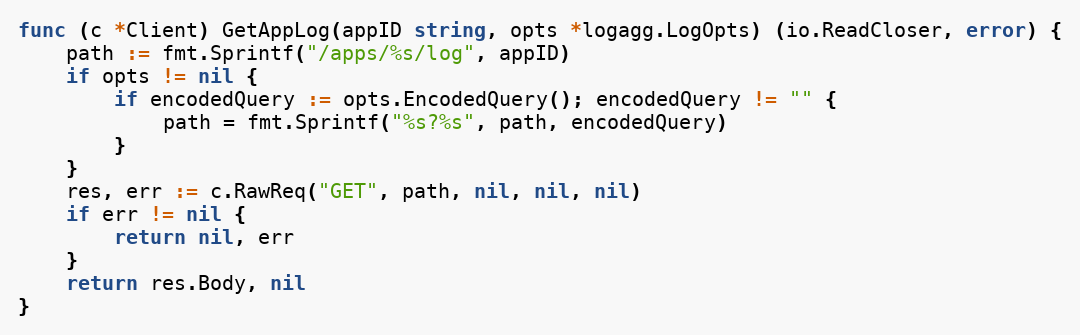
Language: Go
func (c *Client) GetAppLog(appID string, opts *logagg.LogOpts) (io.ReadCloser, error) {
	path := fmt.Sprintf("/apps/%s/log", appID)
	if opts != nil {
		if encodedQuery := opts.EncodedQuery(); encodedQuery != "" {
			path = fmt.Sprintf("%s?%s", path, encodedQuery)
		}
	}
	res, err := c.RawReq("GET", path, nil, nil, nil)
	if err != nil {
		return nil, err
	}
	return res.Body, nil
}